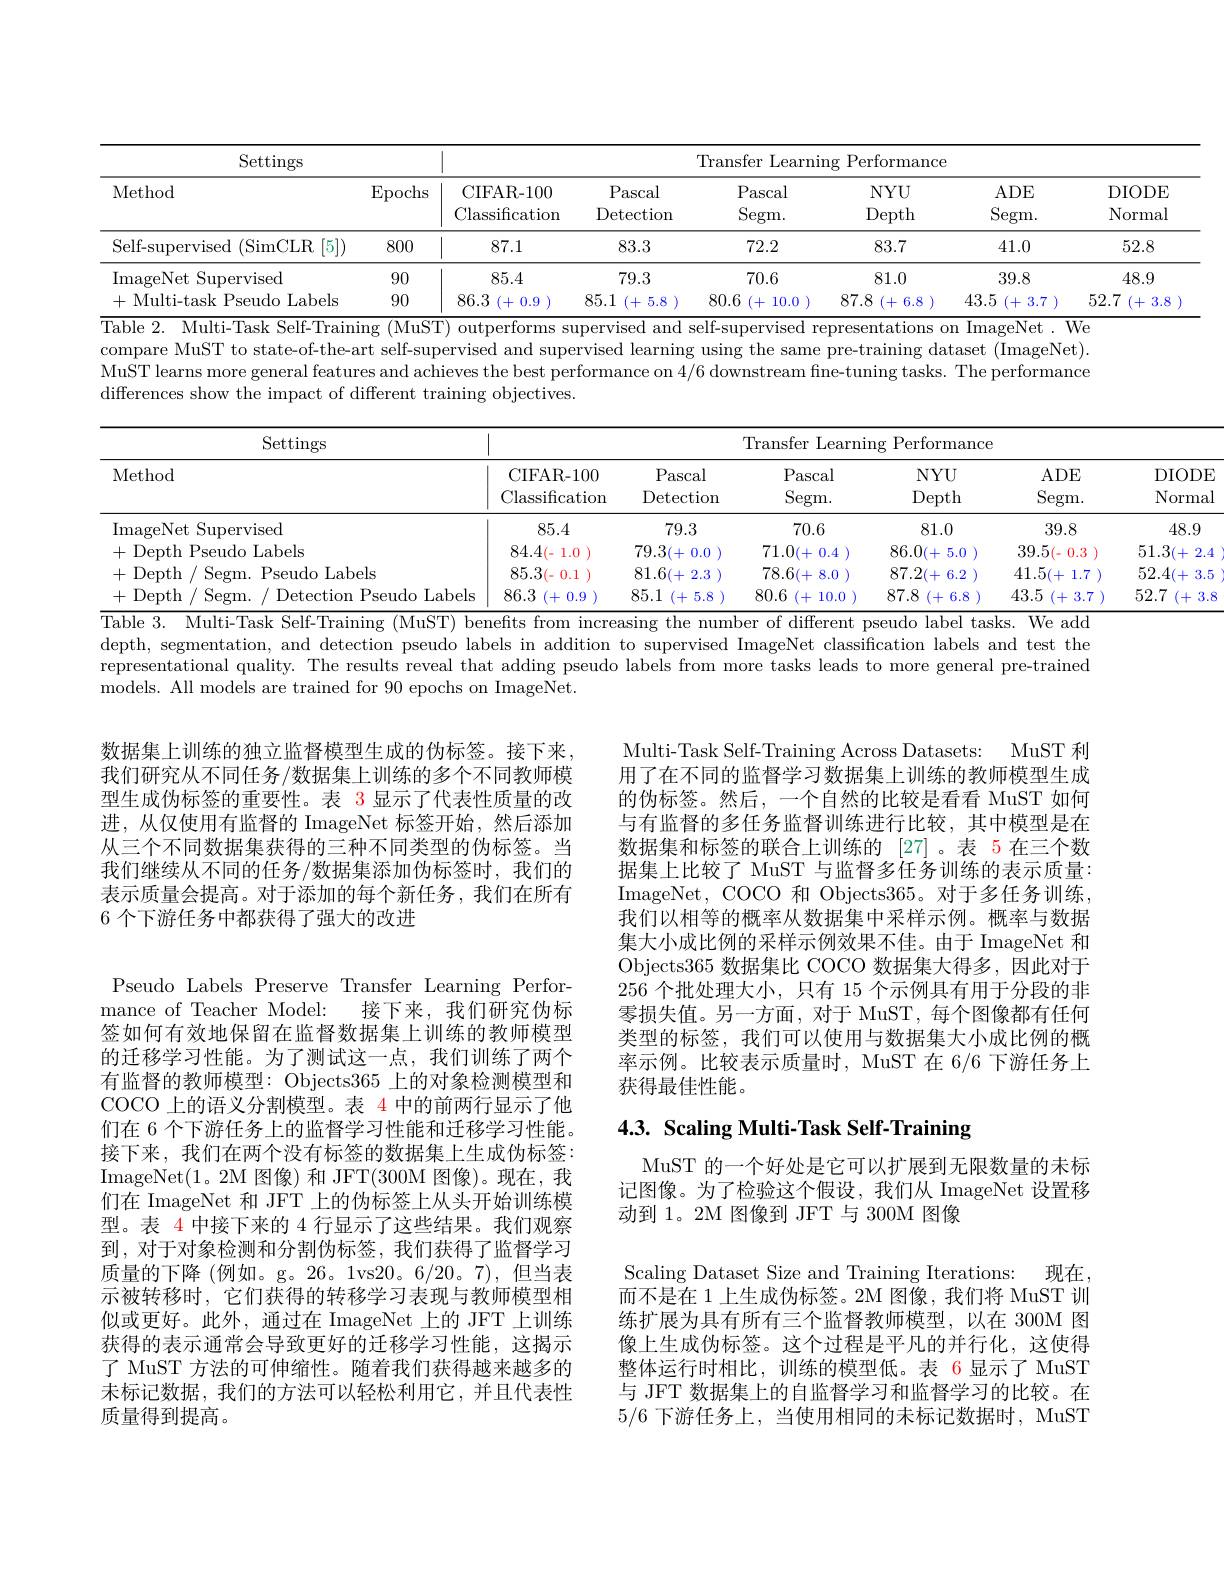
<table>
	<tbody>
		<tr>
			<th rowspan="2">Settings Method</th>
			<th> </th>
			<th colspan="6">Transfer Learning Performance</th>
		</tr>
		<tr>
			<th>$\operatorname{Epochs}$</th>
			<th>CIFAR- 100 Classification</th>
			<th>Pascal Detection</th>
			<th>Pascal Segm. </th>
			<th>$NYU$ Depth</th>
			<th>ADE Segm. </th>
			<th>DIODE Normal</th>
		</tr>
		<tr>
			<td>Self-supervised (SimCLR $\{[5])$</td>
			<td>800</td>
			<td>11 87.1</td>
			<td>83.3</td>
			<td>72.2</td>
			<td>83.7</td>
			<td>41.0</td>
			<td>52.8</td>
		</tr>
		<tr>
			<td>ImageNet Supervised</td>
			<td>90</td>
			<td>85.4</td>
			<td>79.3</td>
			<td>70.6</td>
			<td>81.0</td>
			<td>39.8</td>
			<td>48.9</td>
		</tr>
		<tr>
			<td>+ Multi-task Pseudo Labels</td>
			<td>90</td>
			<td>86.3 (+1) 0.9</td>
			<td>85.1 (+1) 5.8</td>
			<td>80.6 10.0 (+1)</td>
			<td>87.8 (+1) 6.8</td>
			<td>43.5 (+3.7</td>
			<td>52.7 (+1) 3.8</td>
		</tr>
	</tbody>
</table>
$\overline{\text{Table 2. Multi-Task Self-Training (MuST) outperforms supervised and self-supervised representations on ImageNet. We}}$

compare MuST to state-of-the-art self-supervised and supervised learning using the same pre-training dataset (ImageNet). MuST learns more general features and achieves the best performance on 4/6 downstream fine-tuning tasks. The performance differences show the impact of different training objectives.

DIODE

Normal

<table>
	<tbody>
		<tr>
			<th rowspan="2">Settings Method</th>
			<th colspan="6">Transfer Learning Performanc</th>
		</tr>
		<tr>
			<th rowspan="1">CIFAR- 100 Classification</th>
			<th>Pascal $\operatorname{Detection}$</th>
			<th>Pascal Segm. </th>
			<th>$NYU$ Depth</th>
			<th>ADE Segm. </th>
			<th> </th>
		</tr>
		<tr>
			<td>ImageNet Supervised</td>
			<td>85.4</td>
			<td>79.3</td>
			<td>70.6</td>
			<td>81.0</td>
			<td>39.8</td>
			<td> </td>
		</tr>
		<tr>
			<td>+Depth Pseudo Labels</td>
			<td>84.4(- 1.0</td>
			<td>79.3(+ 0.0</td>
			<td>71.0(+ 0.4</td>
			<td>86.0(+ 5.0</td>
			<td>39.5(-0.3</td>
			<td>E T</td>
		</tr>
		<tr>
			<td>+Depth Sec Pseudo Labels</td>
			<td>85.3(-0.1</td>
			<td>81.6(+ 2.3</td>
			<td>78.6(+ 8.0</td>
			<td>87.2(+ 6.2</td>
			<td>41.5(+ 1.7</td>
			<td>E T</td>
		</tr>
		<tr>
			<td>Denth Sepm Detection Pseudo Labels </td>
			<td>86.3 (+1) 0.9</td>
			<td>85.1 (+1) 5.8</td>
			<td>80.6 (+1) 10.0</td>
			<td>87.8 (+1) 6.8</td>
			<td>43.5 (+1) -3.7</td>
			<td>5</td>
		</tr>
	</tbody>
</table>
51.3(+ 2.452.4(+3.552.7 (+ 3.8
$\overline{\text{Table 3. Multi-Task Self-Training (MuST) benefts from increasing the number of different pseudo label tasks. We add}}$

48.9

depth, segmentation, and detection pseudo labels in addition to supervised ImageNet classification labels and test the representational quality. The results reveal that adding pseudo labels from more tasks leads to more general pre-trained models. All models are trained for 90 epochs on ImageNet.

数据集上训练的独立监督模型生成的伪标签。接下来我们研究从不同任务/数据集上训练的多个不同教师模型生成伪标签的重要性。表 3 显示了代表性质量的改进，从仅使用有监督的 ImageNet 标签开始，然后添加从三个不同数据集获得的三种不同类型的伪标签。当我们继续从不同的任务/数据集添加伪标签时，我们的表示质量会提高。对于添加的每个新任务，我们在所有6 个下游任务中都获得了强大的改进

Multi-Task Self-Training Across Datasets: MuST 利用了在不同的监督学习数据集上训练的教师模型生成的伪标签。然后，一个自然的比较是看看 MuST 如何与有监督的多任务监督训练进行比较，其中模型是在数据集和标签的联合上训练的 [27]。表 5 在三个数据集上比较了 MuST 与监督多任务训练的表示质量： ImageNet, COCO 和 Objects365。对于多任务训练， 我们以相等的概率从数据集中采样示例。概率与数据集大小成比例的采样示例效果不佳。由于 ImageNet 和Objects365 数据集比 COCO 数据集大得多，因此对于256 个批处理大小，只有 15 个示例具有用于分段的非零损失值。另一方面，对于 MuST, 每个图像都有任何类型的标签，我们可以使用与数据集大小成比例的概率示例。比较表示质量时，MuST 在 6/6 下游任务上获得最佳性能。

# 4.3. Scaling Multi-Task Self-Training

MuST 的一个好处是它可以扩展到无限数量的未标记图像。为了检验这个假设，我们从 ImageNet 设置移动到 1。2M 图像到 JFT 与 300M 图像

Pseudo Labels Preserve Transfer Learning Performance of Teacher Model: 接下来，我们研究伪标签如何有效地保留在监督数据集上训练的教师模型的迁移学习性能。为了测试这一点，我们训练了两个有监督的教师模型：Objects365上的对象检测模型和COCO 上的语义分割模型。表 4 中的前两行显示了他们在 6 个下游任务上的监督学习性能和迁移学习性能。接下来，我们在两个没有标签的数据集上生成伪标签： ImageNet(1。2M 图像) 和 JFT(300M 图像)。现在，我们在 ImageNet 和 JFT 上的伪标签上从头开始训练模型。表 4 中接下来的 4 行显示了这些结果。我们观察到，对于对象检测和分割伪标签，我们获得了监督学习质量的下降 (例如。g。26。1vs20。6/20。7),但当表示被转移时，它们获得的转移学习表现与教师模型相似或更好。此外，通过在 ImageNet 上的 JFT 上训练获得的表示通常会导致更好的迁移学习性能，这揭示了 MuST 方法的可伸缩性。随着我们获得越来越多的未标记数据，我们的方法可以轻松利用它，并且代表性质量得到提高。

Scaling Dataset Size and Training Iterations: 现在， 而不是在 1 上生成伪标签。2M 图像，我们将 MuST 训练扩展为具有所有三个监督教师模型，以在 300M 图像上生成伪标签。这个过程是平凡的并行化，这使得整体运行时相比，训练的模型低。表 6 显示了 MuST 与 JFT 数据集上的自监督学习和监督学习的比较。在5/6下游任务上，当使用相同的未标记数据时，MuST